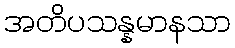
အတိပသန္နမာနသာ